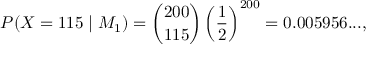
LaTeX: P ( X = 1 1 5 \mid M _ { 1 } ) = { \binom { 2 0 0 } { 1 1 5 } } \left( { \frac { 1 } { 2 } } \right) ^ { 2 0 0 } = 0 . 0 0 5 9 5 6 . . . ,